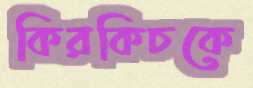
কিরকিচকে